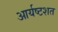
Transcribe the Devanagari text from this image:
आर्यष्टशत